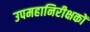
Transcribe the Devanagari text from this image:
उपमहानिरीक्षकों